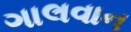
ગાલવાન